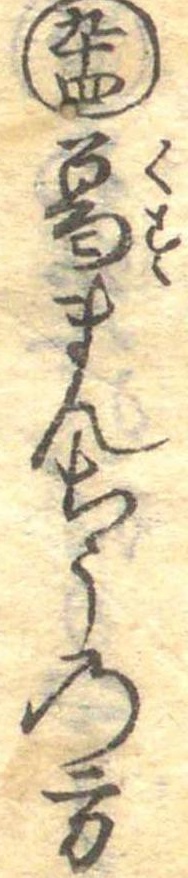
九十四葛まんちうの方